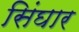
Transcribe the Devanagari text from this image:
सिंघार